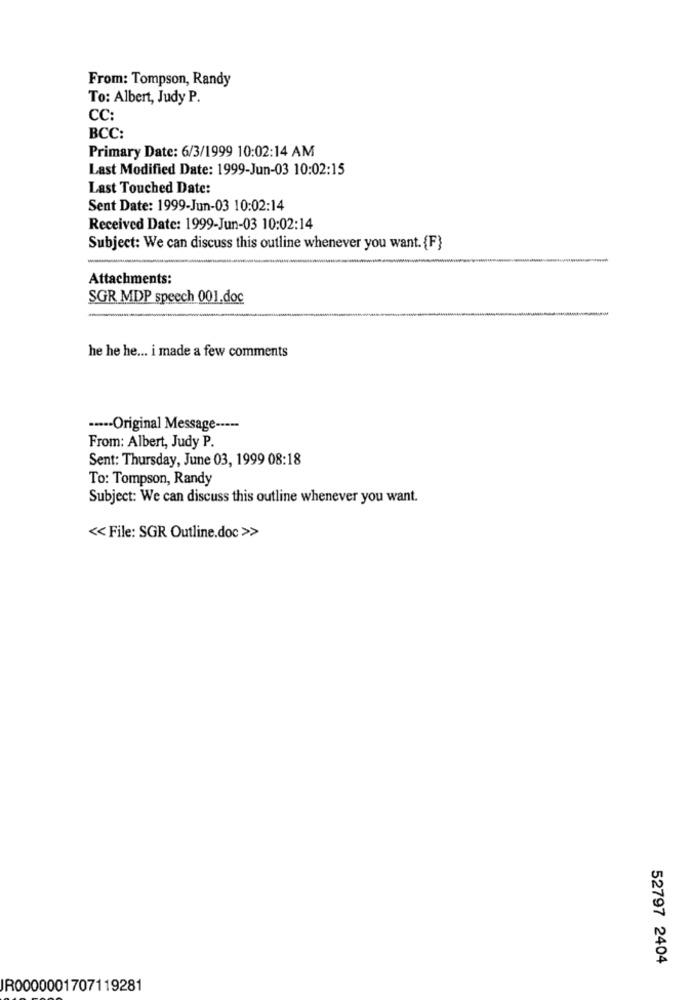
From: Tompson, Randy
To: Albert, Judy P.
CC:
BCC:
Primary Date: 6/3/1999 10:02:14 AM
Last Modified Date: 1999-Jun-03 10:02:15
Last Touched Date:
Sent Date: 1999-Jun-03 10:02:14
Received Date: 1999-Jun-03 10:02:14
Subject: We can discuss this outline whenever you want. {F}
Attachments:
SGR MDP speech 001.doc
he he he ... i made a few comments
····· Original Message -----
From: Albert, Judy P.
Sent: Thursday, June 03, 1999 08:18
To: Tompson, Randy
Subject: We can discuss this outline whenever you want.
<< File: SGR Outline.doc >>
52797 2404
IR0000001707119281